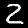
Label: 2